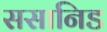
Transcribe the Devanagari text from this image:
ससानिड